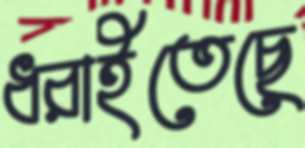
ধরাইতেছে